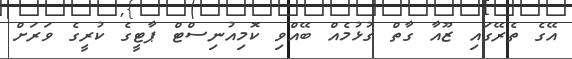
އޭގެ ތެރޭގައި ޒޫއާ ގާތް ގުޅުމެއް ބޭއްވި ކޮމިއުނިސްޓް ޕާޓީގެ ކުރީގެ ވަރަށް